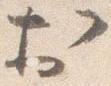
於